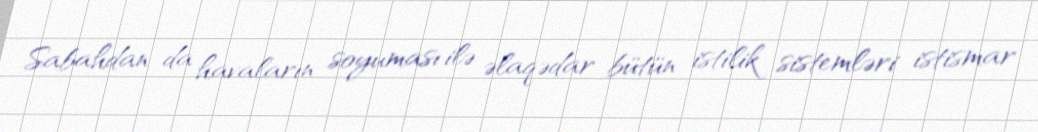
Sabahdan da havaların soyuması ilə əlaqədar bütün istilik sistemləri istismar